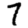
Digit: 7